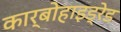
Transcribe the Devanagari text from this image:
कार्बोहाइड्रेड